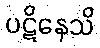
ပဋိနေသိ